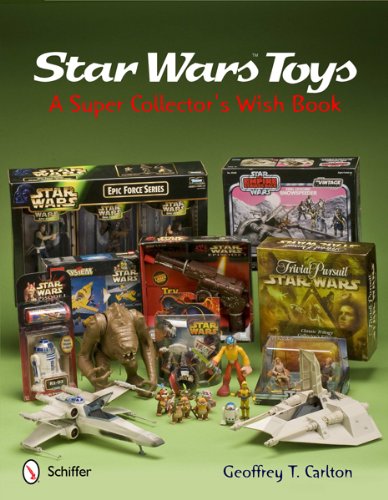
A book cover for Star Wars Toys a Super Collector's Wish Book; Geoffrey T. Carlton; Crafts, Hobbies & Home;